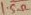
Text: 1.5Ω